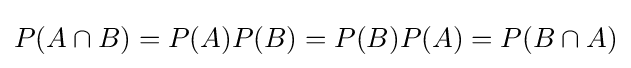
P(A\cap B)=P(A)P(B)=P(B)P(A)=P(B\cap A)